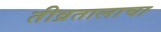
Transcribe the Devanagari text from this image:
तीव्रतालाचा